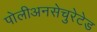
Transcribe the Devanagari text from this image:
पोलीअनसेचुरेटेड